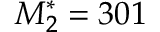
M _ { 2 } ^ { * } = 3 0 1